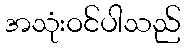
အသုံးဝင်ပါသည်